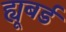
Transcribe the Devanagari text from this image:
ह्यूबर्ड